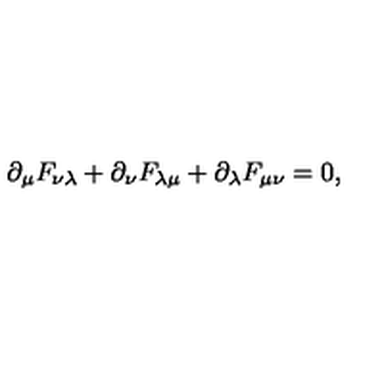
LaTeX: \partial _ { \mu } F _ { \nu \lambda } + \partial _ { \nu } F _ { \lambda \mu } + \partial _ { \lambda } F _ { \mu \nu } = 0 ,